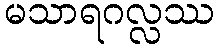
မသာရဂလ္လဿ